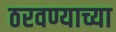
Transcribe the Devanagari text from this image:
ठरवण्याच्या